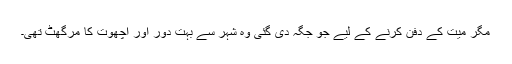
مگر میت کے دفن کرنے کے لیے جو جگہ دی گئی وہ شہر سے بہت دور اور اچھوت کا مرگھٹ تھی۔